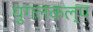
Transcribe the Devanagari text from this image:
युगलकल्प